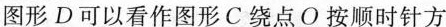
图形D可以看作图形C绕点O按顺时针方